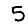
Digit: 5